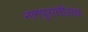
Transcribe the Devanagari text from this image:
नागपुरातीलच